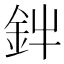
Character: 𮡩